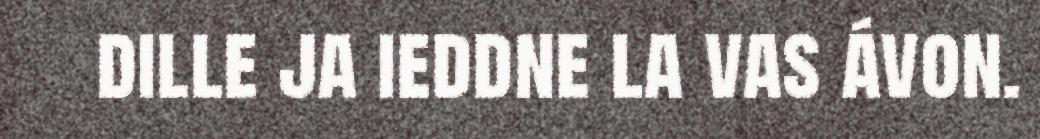
dille ja ieddne la vas ávon.